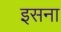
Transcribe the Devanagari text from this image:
इसना